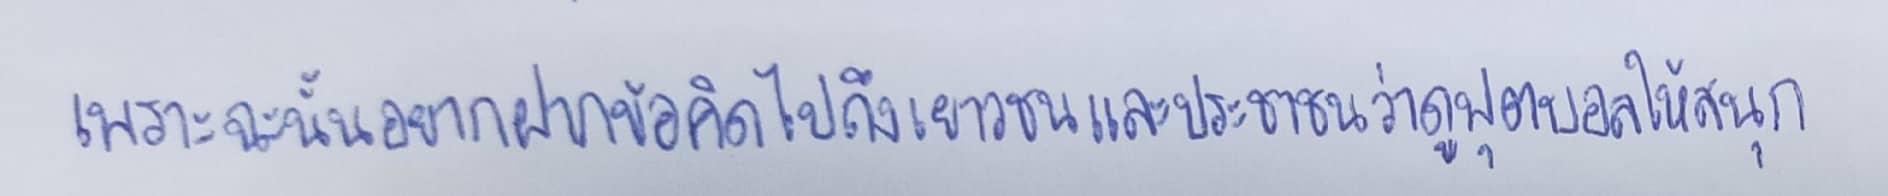
เพราะฉะนั้นอยากฝากข้อคิดไปถึงเยาวชนและประชาชนว่าดูฟุตบอลให้สนุก